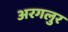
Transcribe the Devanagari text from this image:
अरगलुर